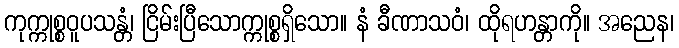
ကုက္ကုစ္စဝူပသန္တံ၊ ငြိမ်းပြီသောက္ကုစ္စရှိသော။ နံ ခီဏာသဝံ၊ ထိုရဟန္တာကို။ အညေန၊